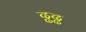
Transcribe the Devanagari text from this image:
ढ्ढढ्ढ